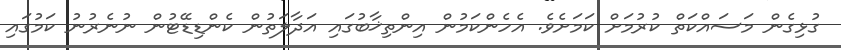
ގުޅިގެން މަސައްކަތް ކުރުމަށް ކަމަށެވެ. އެހެންކަމުން އިންތިޚާބުގައި އަދާލަތުން ކެންޑިޑޭޓުން ނުނެރުނު ކަމުގައި